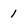
Character: 1